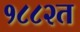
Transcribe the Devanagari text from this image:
१८८२त